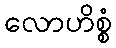
လောဟိစ္စံ